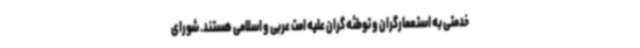
خدمتی به استعمارگران و توطئه گران علیه امت عربی و اسلامی هستند. شورای